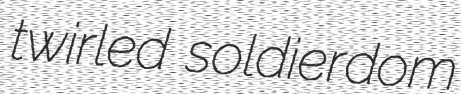
twirled soldierdom